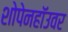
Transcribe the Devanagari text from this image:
शोपेनहॉउवर